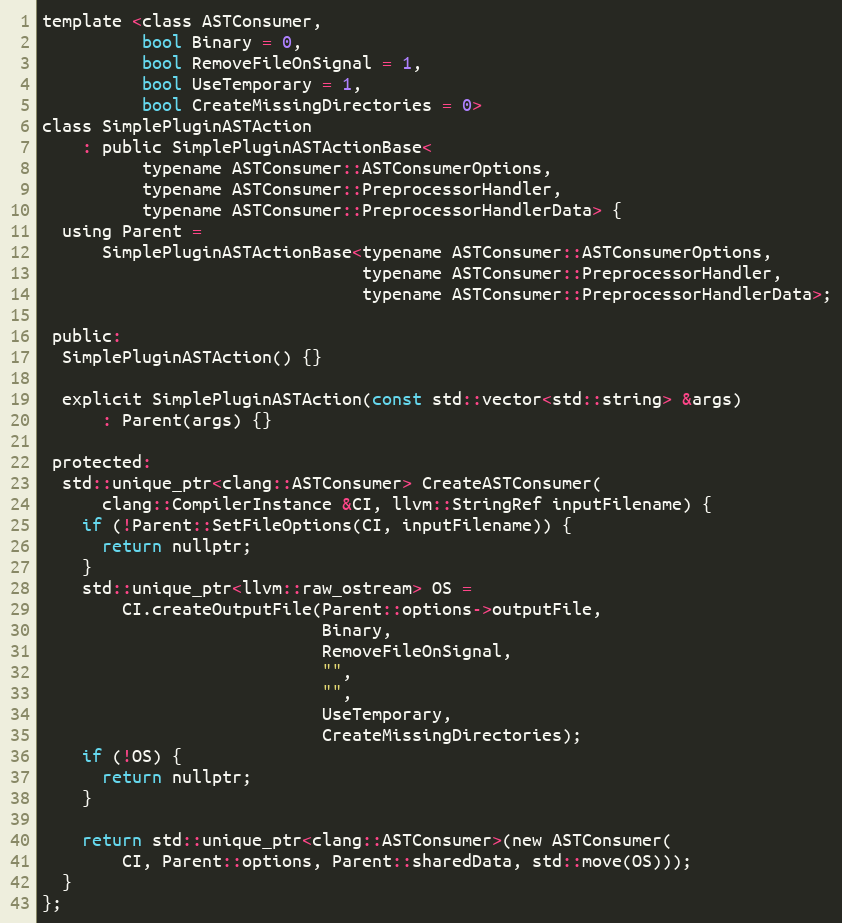
Language: C
template <class ASTConsumer,
          bool Binary = 0,
          bool RemoveFileOnSignal = 1,
          bool UseTemporary = 1,
          bool CreateMissingDirectories = 0>
class SimplePluginASTAction
    : public SimplePluginASTActionBase<
          typename ASTConsumer::ASTConsumerOptions,
          typename ASTConsumer::PreprocessorHandler,
          typename ASTConsumer::PreprocessorHandlerData> {
  using Parent =
      SimplePluginASTActionBase<typename ASTConsumer::ASTConsumerOptions,
                                typename ASTConsumer::PreprocessorHandler,
                                typename ASTConsumer::PreprocessorHandlerData>;

 public:
  SimplePluginASTAction() {}

  explicit SimplePluginASTAction(const std::vector<std::string> &args)
      : Parent(args) {}

 protected:
  std::unique_ptr<clang::ASTConsumer> CreateASTConsumer(
      clang::CompilerInstance &CI, llvm::StringRef inputFilename) {
    if (!Parent::SetFileOptions(CI, inputFilename)) {
      return nullptr;
    }
    std::unique_ptr<llvm::raw_ostream> OS =
        CI.createOutputFile(Parent::options->outputFile,
                            Binary,
                            RemoveFileOnSignal,
                            "",
                            "",
                            UseTemporary,
                            CreateMissingDirectories);
    if (!OS) {
      return nullptr;
    }

    return std::unique_ptr<clang::ASTConsumer>(new ASTConsumer(
        CI, Parent::options, Parent::sharedData, std::move(OS)));
  }
};